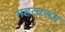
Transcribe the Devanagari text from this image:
महत्वरूप